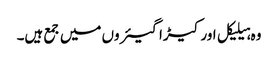
وہ ہیلیکل اور کیڑا گیئروں میں جمع ہیں۔